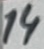
Text: 14